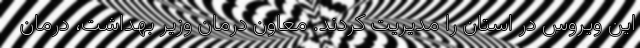
این ویروس در استان را مدیریت کردند. معاون درمان وزیر بهداشت، درمان